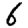
Digit: 6